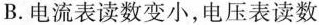
B.电流表读数变小，电压表读数